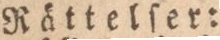
Rättelſer: